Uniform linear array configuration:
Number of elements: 48
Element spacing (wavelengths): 0.25
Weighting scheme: exponential
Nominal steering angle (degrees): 15
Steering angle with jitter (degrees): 14.254
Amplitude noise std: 0.05
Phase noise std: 0.05

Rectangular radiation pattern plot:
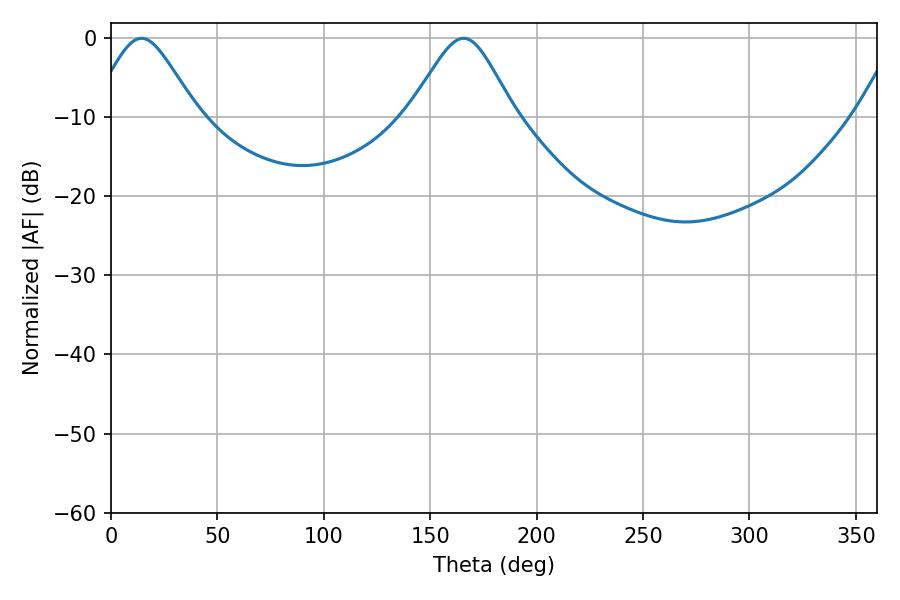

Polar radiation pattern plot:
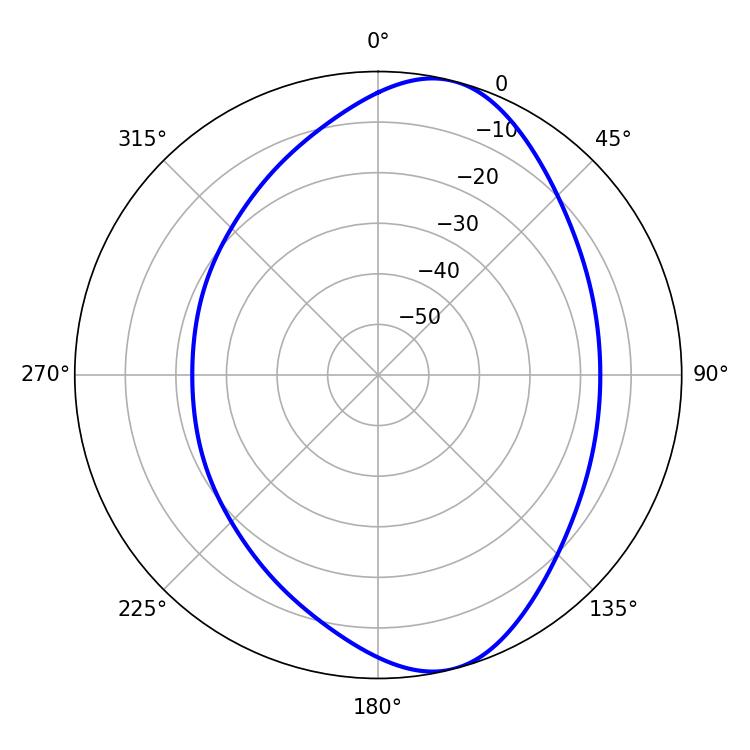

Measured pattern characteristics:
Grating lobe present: FALSE
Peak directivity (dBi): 8.563
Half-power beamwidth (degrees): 24.3
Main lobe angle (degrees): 14.4